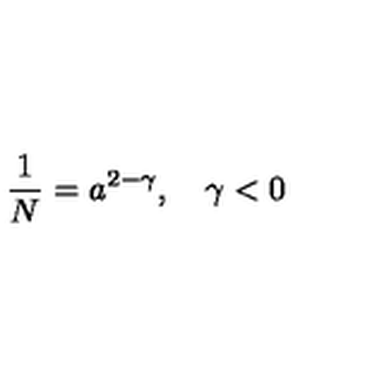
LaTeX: \frac 1 N = a ^ { 2 - \gamma } , \quad \gamma < 0